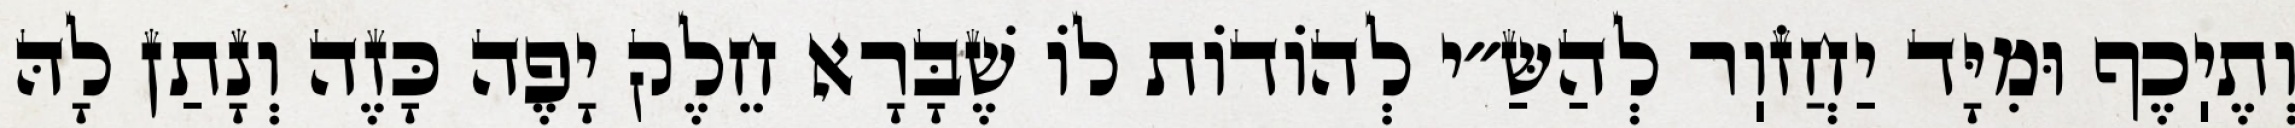
וְתֶיֽכֶף וּמִיָּד יַחֲזֹוֽר לְהַשַּ״י לְהוֹדוֹת לוֹ שֶׁבָּרָא חֵלֶק יָפֶה כָּזֶה וְנָתַן לָהּ